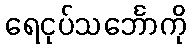
ရေငုပ်သင်္ဘောကို